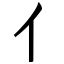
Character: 亻